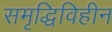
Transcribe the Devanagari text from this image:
समृद्धिविहीन